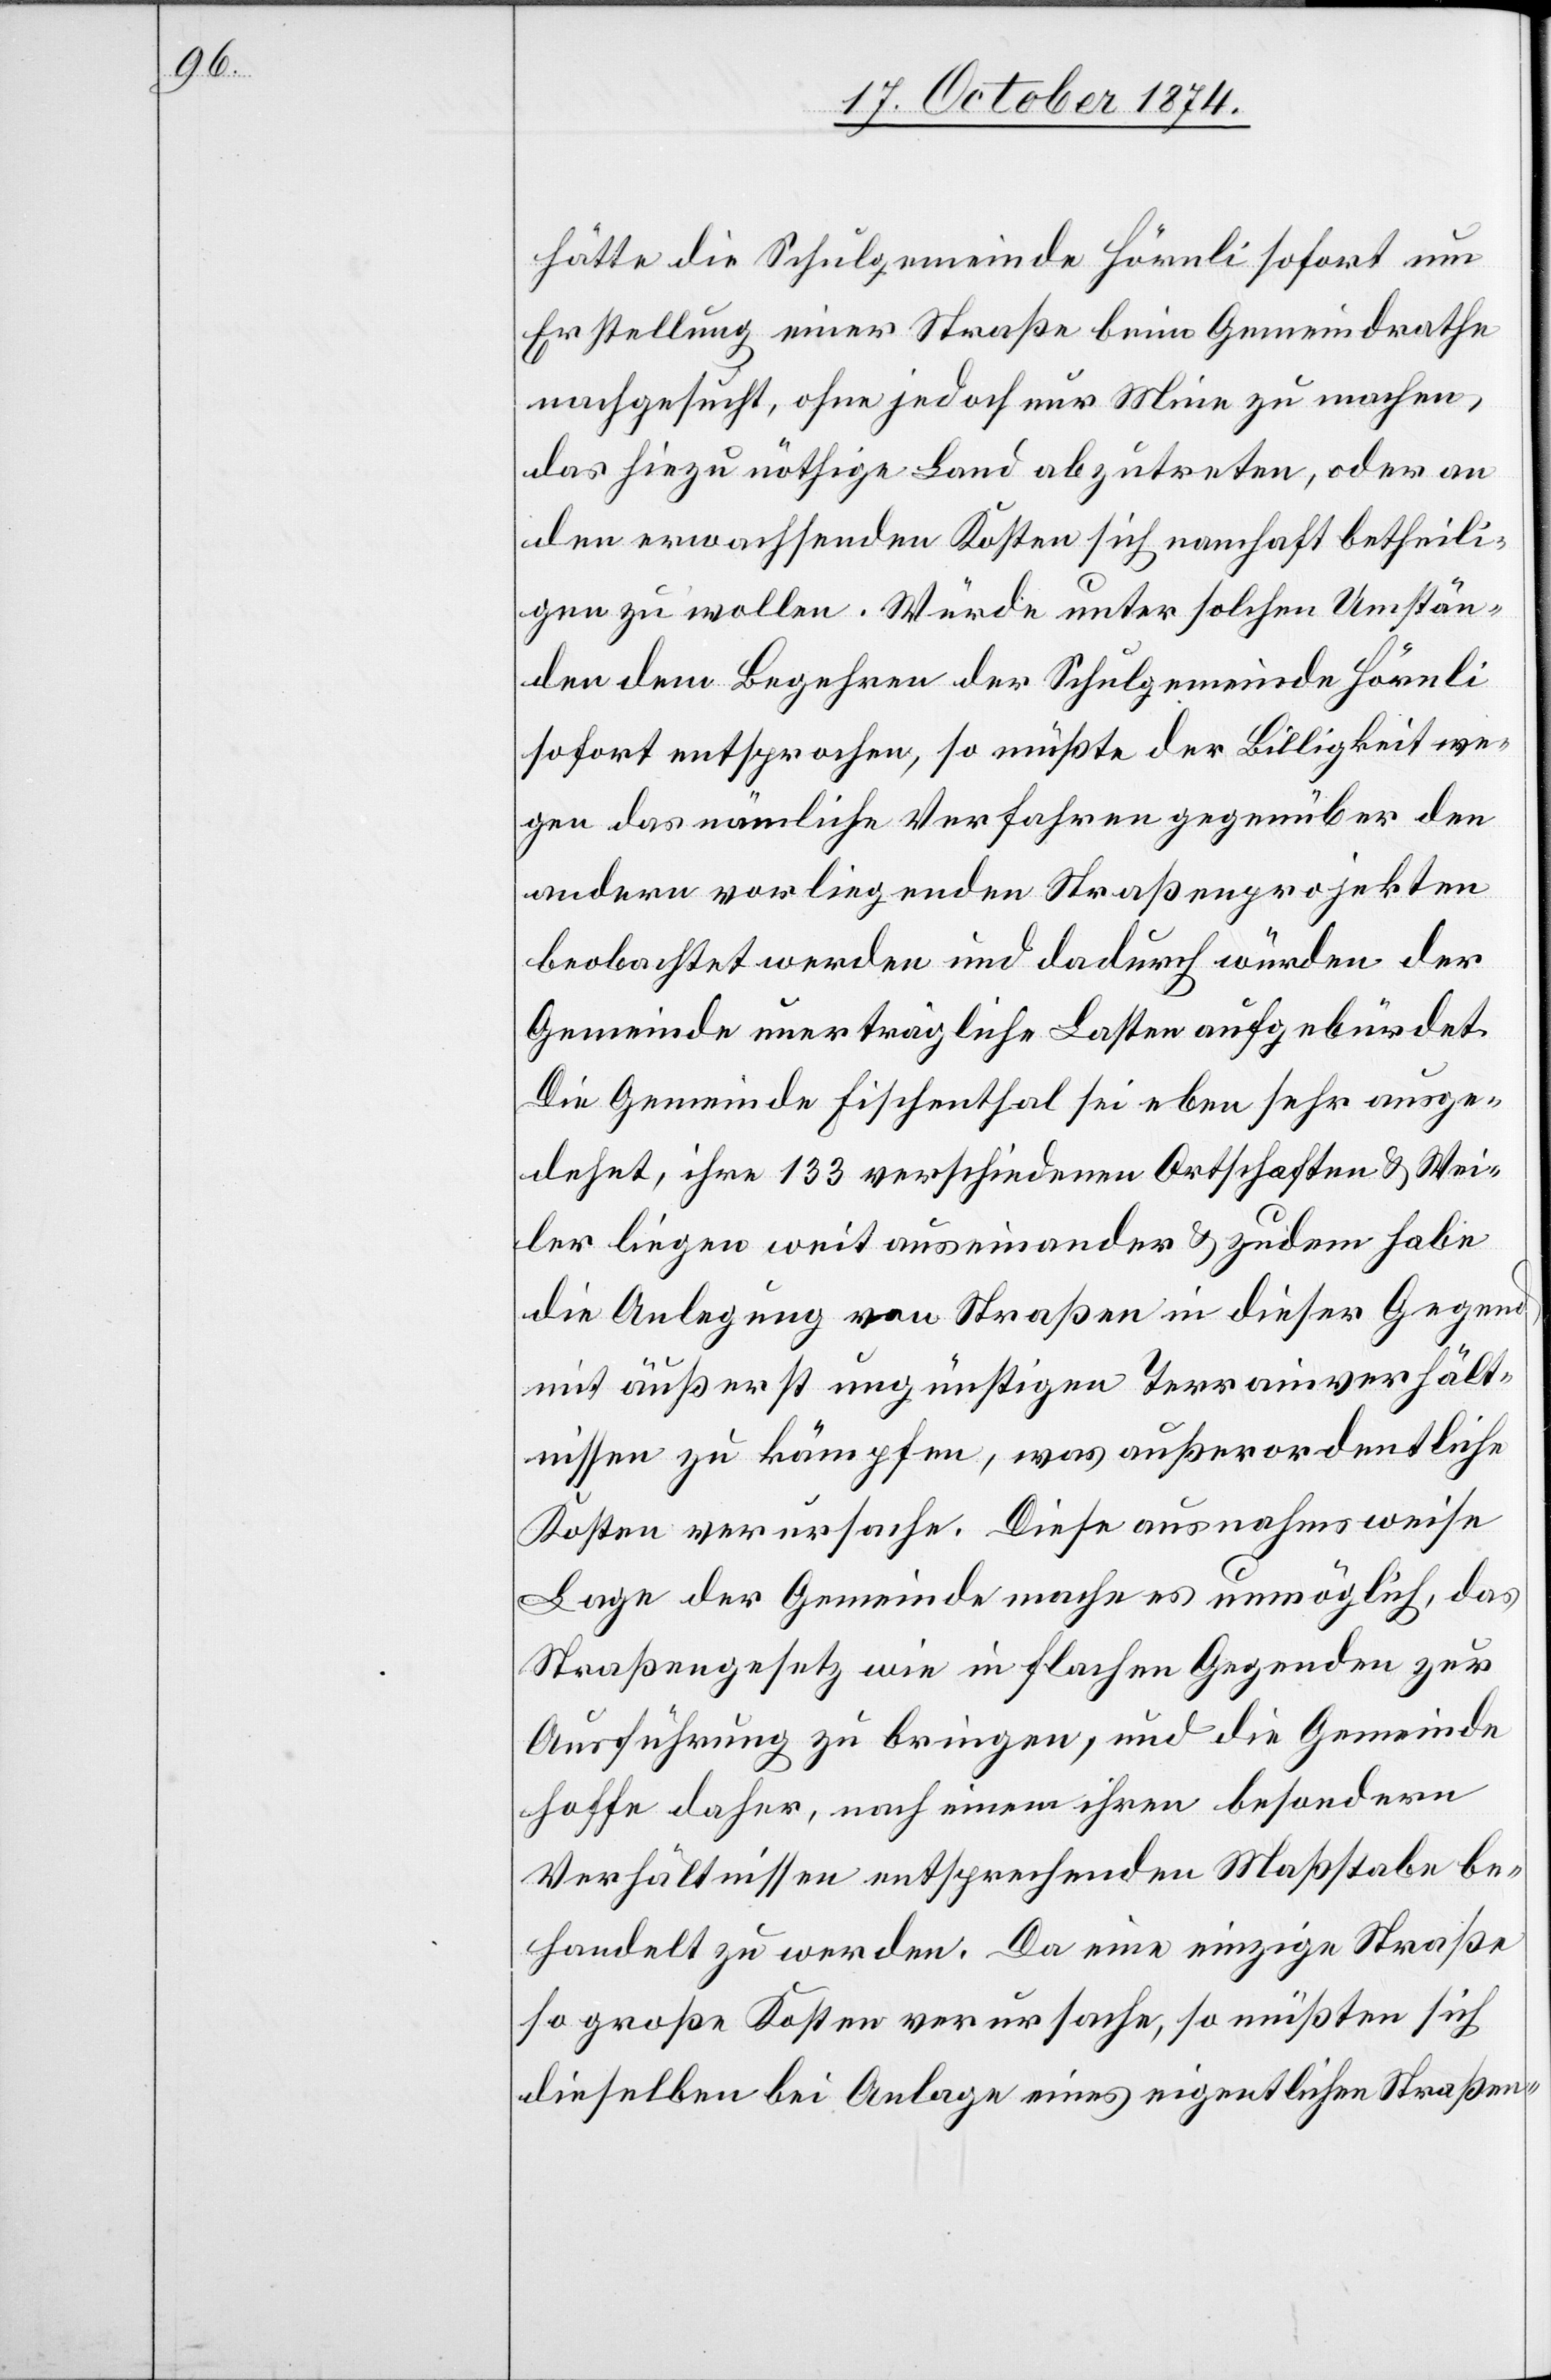
hätte die Schulgemeinde Hörnli sofort um
Erstellung einer Straße beim Gemeindrathe
nachgesucht, ohne jedoch nur Mine zu machen,
das hiezu nöthige Land abzutreten, oder an
den erwachsenden Kosten sich namhaft betheili¬
gen zu wollen. Würde unter solchen Umstän¬
den dem Begehren der Schulgemeinde Hörnli
sofort entsprochen, so müßte der Billigkeit we¬
gen das nämliche Verfahren gegenüber den
andern vorliegenden Straßenprojekten
beobachtet werden und dadurch würden der
Gemeinde unerträgliche Lasten aufgebürdet.
Die Gemeinde Fischenthal sei eben sehr ausge¬
dehnt, ihre 133 verschiedenen Ortschaften & Wei¬
ler liegen weit auseinander & zudem habe
die Anlegung von Straßen in dieser Gegend
mit äußerst ungünstigen Terrainverhält¬
nissen zu kämpfen, was außerordentliche
Kosten verursache. Diese ausnahmsweise
Lage der Gemeinde mache es unmöglich, das
Straßengesetz wie in flachen Gegenden zur
Ausführung zu bringen, und die Gemeinde
hoffe daher, nach einem ihren besondern
Verhältnissen entsprechenden Maßstabe be¬
handelt zu werden. Da eine einzige Straße
so große Kosten verursache, so müßten sich
dieselben bei Anlage eines eigentlichen Straßen-